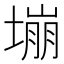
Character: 塴